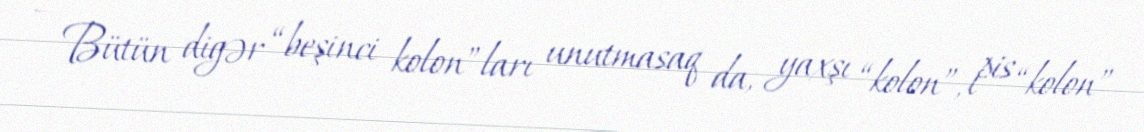
– Bütün digər “beşinci kolon”ları unutmasaq da, yaxşı “kolon”, pis “kolon”